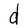
Character: d